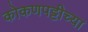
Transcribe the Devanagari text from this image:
कोकणपट्टीच्या